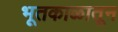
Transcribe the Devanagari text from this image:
भूतकाळातून